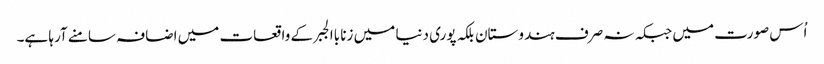
اُس صورت میں جبکہ نہ صرف ہندوستان بلکہ پوری دنیا میں زنا باالجبر کے واقعات میں اضافہ سامنے آرہا ہے۔